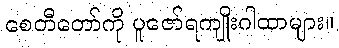
စေတီတော်ကို ပူဇော်ရကျိုးဂါထာများ။